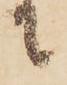
に